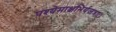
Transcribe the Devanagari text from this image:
पश्येमाक्षभिर्यजत्राः।